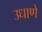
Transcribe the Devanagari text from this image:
उधाणे